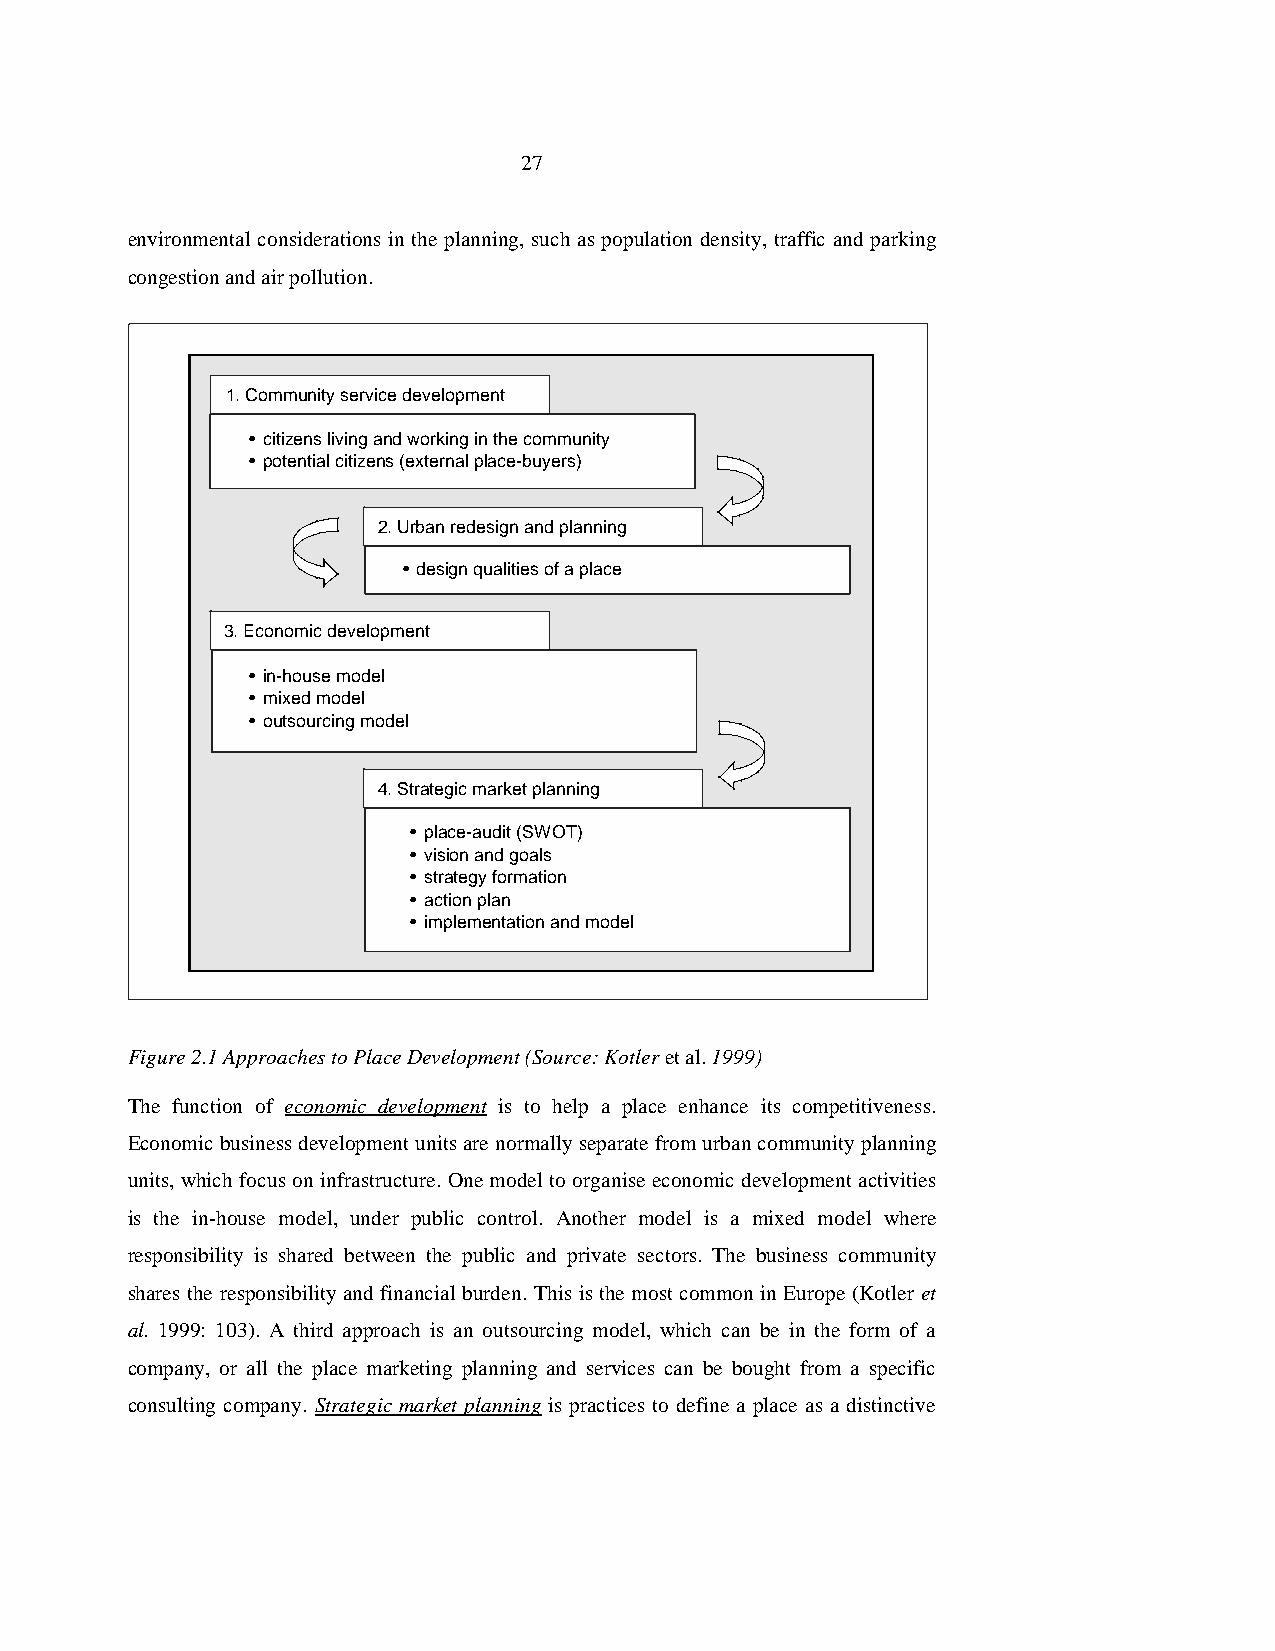
27
 environmental considerations in the planning, such as population density, traffic and parking
 congestion and air pollution.
 1. Community service development
 • citizens living and working in the community
 • potential citizens (external place-buyers)
 2. Urban redesign and planning
 • design qualities of a place
 3. Economic development
 • in-house model
 • mixed model
 • outsourcing model
 4. Strategic market planning
 • place-audit (SWOT)
 • vision and goals
 • strategy formation
 • action plan
 • implementation and model
 Figure 2.1 Approaches to Place Development (Source: Kotler et al. 1999)
 The function of economic development is to help a place enhance its competitiveness.
 Economic business development units are normally separate from urban community planning
 units, which focus on infrastructure. One model to organise economic development activities
 is the in-house model, under public control. Another model is a mixed model where
 responsibility is shared between the public and private sectors. The business community
 shares the responsibility and financial burden. This is the most common in Europe (Kotler et
 al. 1999: 103). A third approach is an outsourcing model, which can be in the form of a
 company, or all the place marketing planning and services can be bought from a specific
 consulting company. Strategic market planning is practices to define a place as a distinctive